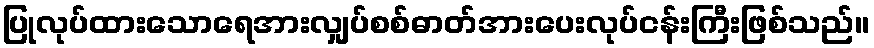
ပြုလုပ်ထားသောရေအားလျှပ်စစ်ဓာတ်အားပေးလုပ်ငန်းကြီးဖြစ်သည်။